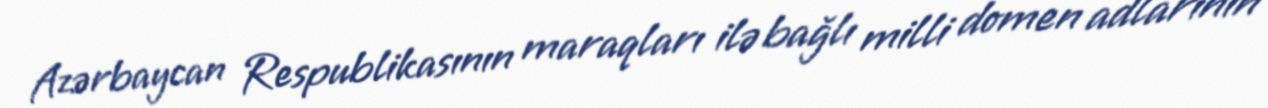
Azərbaycan Respublikasının maraqları ilə bağlı milli domen adlarının